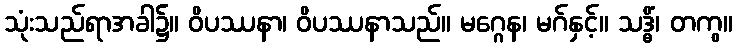
သုံးသည်ရာအခါ၌။ ဝိပဿနာ၊ ဝိပဿနာသည်။ မဂ္ဂေန၊ မဂ်နှင့်။ သဒ္ဓိံ၊ တကွ။